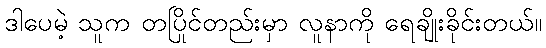
ဒါပေမဲ့ သူက တပြိုင်တည်းမှာ လူနာကို ရေချိုးခိုင်းတယ်။